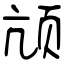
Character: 颃